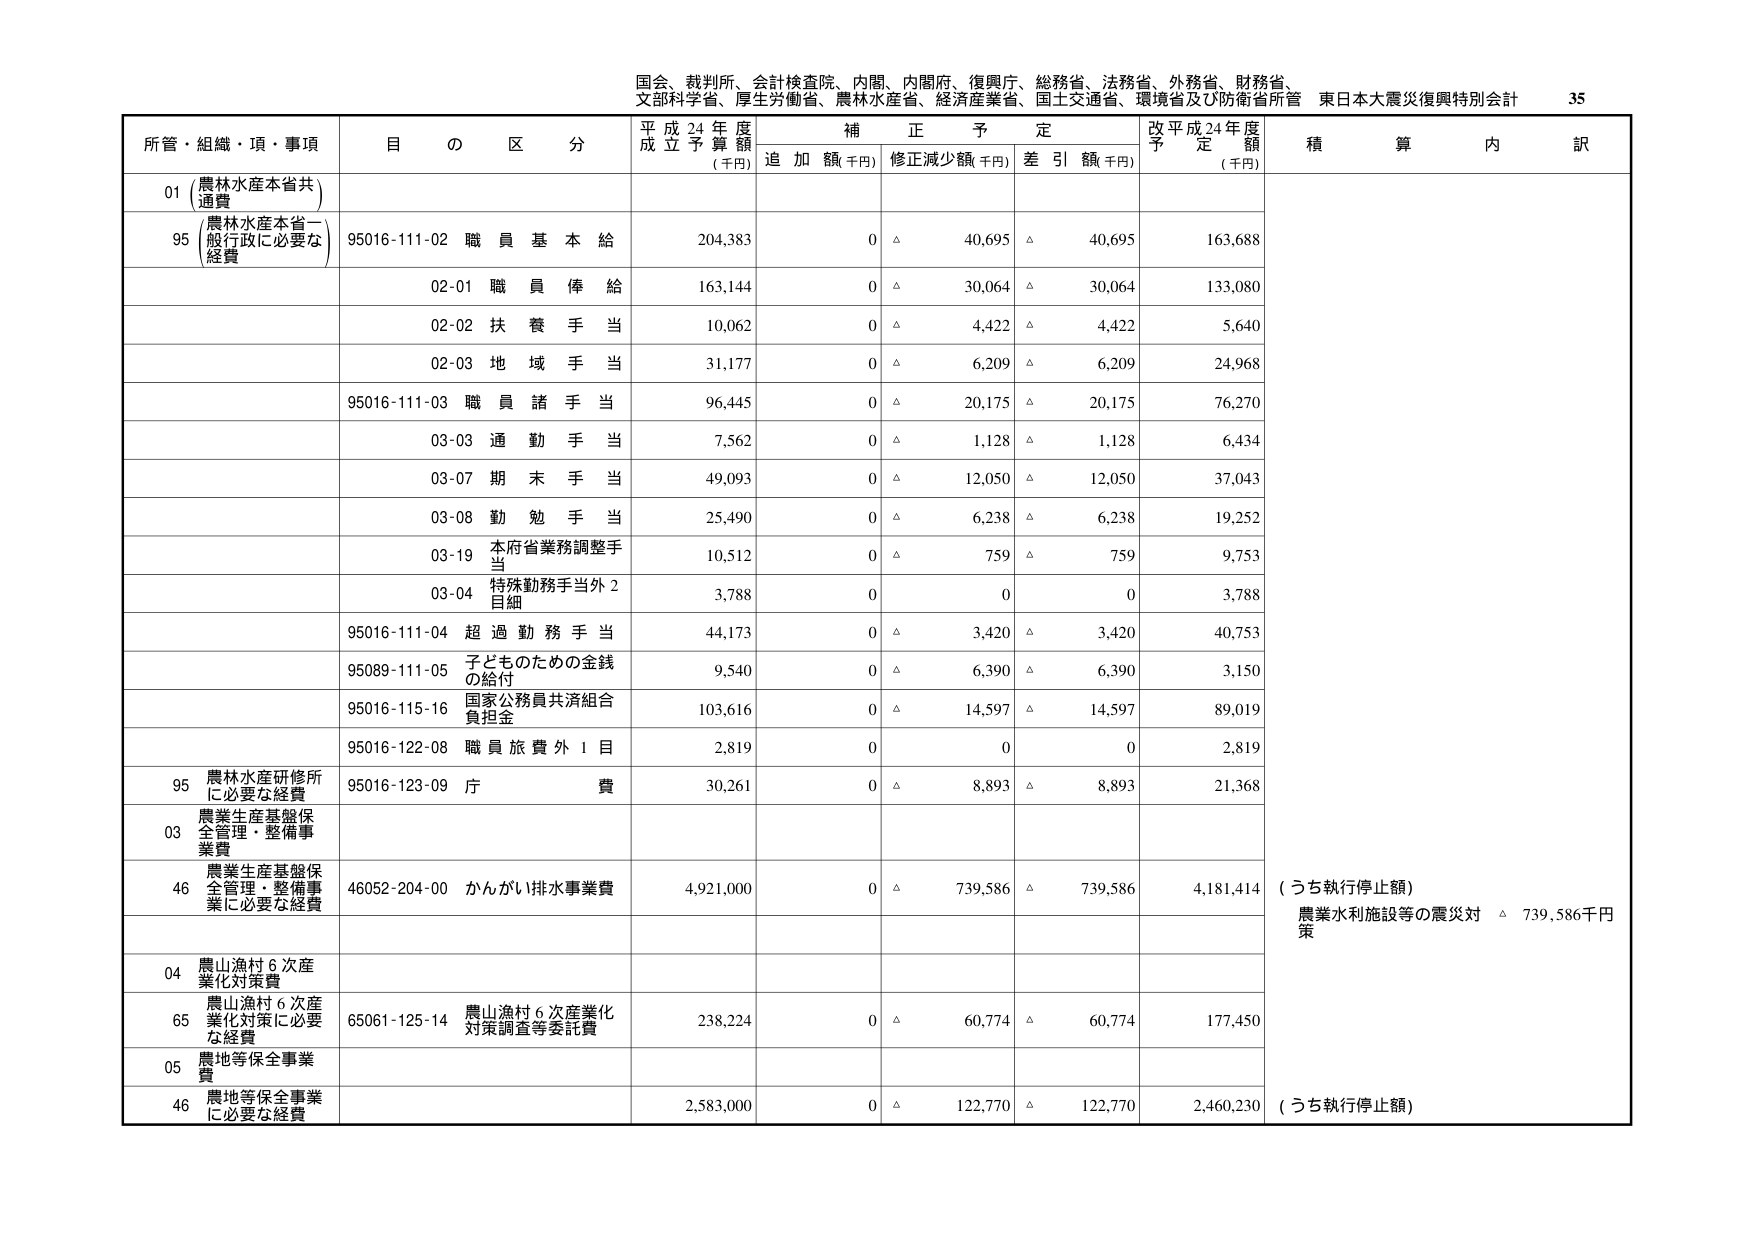
国会、裁判所、会計検査院、内閣、内閣府、復興庁、総務省、法務省、外務省、財務省、
文部科学省、厚生労働省、農林水産省、経済産業省、国土交通省、環境省及び防衛省所管 東日本大震災復興特別会計 35

所管・組織・項・事項 目 の 区 分 平成24年度 成立予算額 (千円) 補正予定 追加額(千円) 修正減少額(千円) 差引額(千円) 改平成24年度 予定額 (千円) 積算内訳

01 (農林水産本省共 通費)
95 (農林水産本省一 般行政に必要な 経費) 95016-111-02 職員基本給 204,383 0 △ 40,695 △ 40,695 163,688
02-01 職員俸給 163,144 0 △ 30,064 △ 30,064 133,080
02-02 扶養手当 10,062 0 △ 4,422 △ 4,422 5,640
02-03 地域手当 31,177 0 △ 6,209 △ 6,209 24,968
95016-111-03 職員諸手当 96,445 0 △ 20,175 △ 20,175 76,270
03-03 通勤手当 7,562 0 △ 1,128 △ 1,128 6,434
03-07 期末手当 49,093 0 △ 12,050 △ 12,050 37,043
03-08 勤勉手当 25,490 0 △ 6,238 △ 6,238 19,252
03-19 本府省業務調整手 当 10,512 0 △ 759 △ 759 9,753
03-04 特殊勤務手当外2 目細 3,788 0 0 0 3,788
95016-111-04 超過勤務手当 44,173 0 △ 3,420 △ 3,420 40,753
95089-111-05 子どものための金銭 の給付 9,540 0 △ 6,390 △ 6,390 3,150
95016-115-16 国家公務員共済組合 負担金 103,616 0 △ 14,597 △ 14,597 89,019
95016-122-08 職員旅費外1目 2,819 0 0 0 2,819
95 農林水産研修所 に必要な経費 95016-123-09 庁費 30,261 0 △ 8,893 △ 8,893 21,368
03 農業生産基盤保 全管理・整備事 業費
46 農業生産基盤保 全管理・整備事 業に必要な経費 46052-204-00 かんがい排水事業費 4,921,000 0 △ 739,586 △ 739,586 4,181,414 (うち執行停止額) 農業水利施設等の震災対策 △ 739,586千円
04 農山漁村6次産 業化対策費
65 農山漁村6次産 業化対策に必要 な経費 65061-125-14 農山漁村6次産業化 対策調査等委託費 238,224 0 △ 60,774 △ 60,774 177,450
05 農地等保全事業 費
46 農地等保全事業 に必要な経費 2,583,000 0 △ 122,770 △ 122,770 2,460,230 (うち執行停止額)